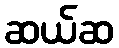
ဆယ်ဆ